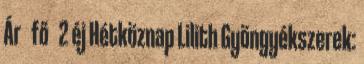
Ár fő 2 éj Hétköznap Lilith Gyöngyékszerek: